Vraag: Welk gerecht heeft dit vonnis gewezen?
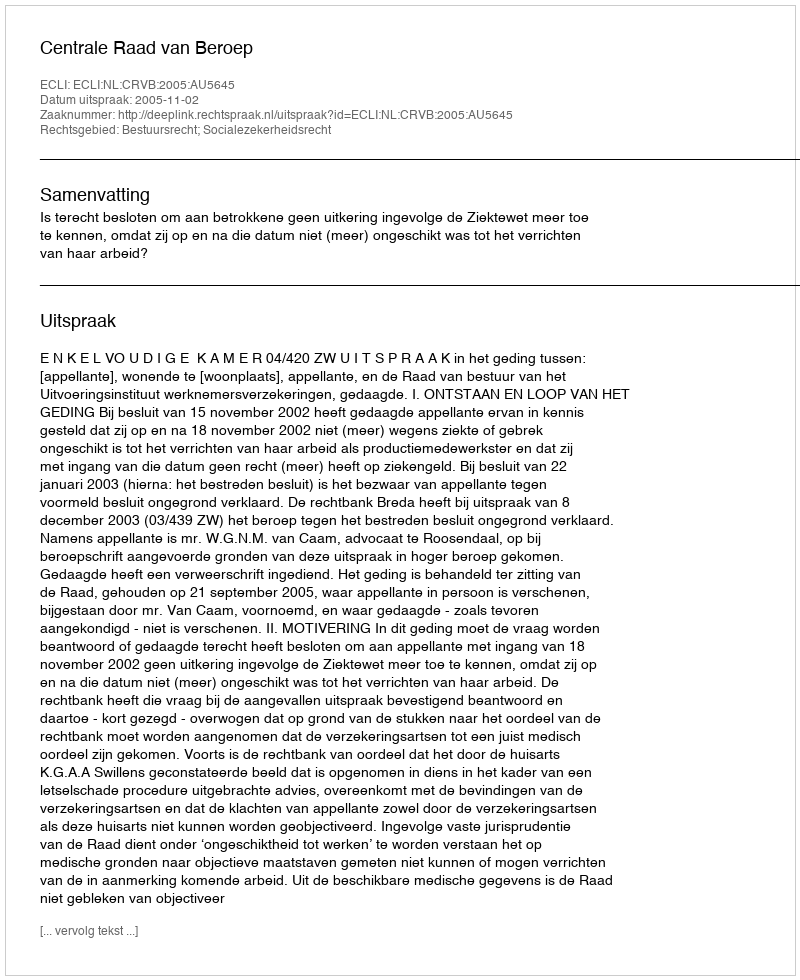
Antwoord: Centrale Raad van Beroep